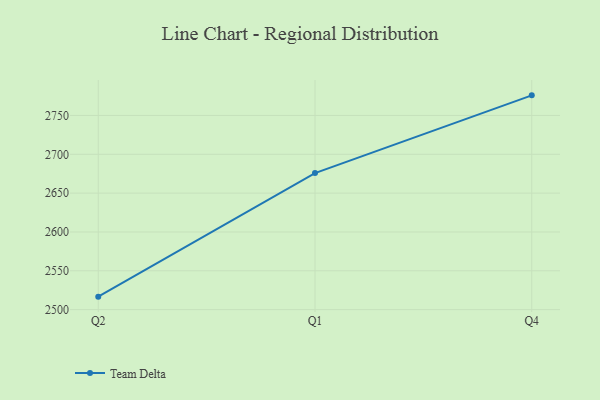
{"axis": {"x": "Quarter", "y": "Satisfaction Score"}, "legend": ["Team Delta"], "data": [{"x": "Q2", "y": 2516.7, "type": "Team Delta"}, {"x": "Q1", "y": 2675.8, "type": "Team Delta"}, {"x": "Q4", "y": 2775.9, "type": "Team Delta"}]}